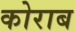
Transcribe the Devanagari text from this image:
कोराब